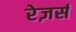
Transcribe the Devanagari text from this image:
रेज़र्स